Civil Veterinary Dept. North-West Frontier Province 1923-32 - 1923-1932
Year: 1923
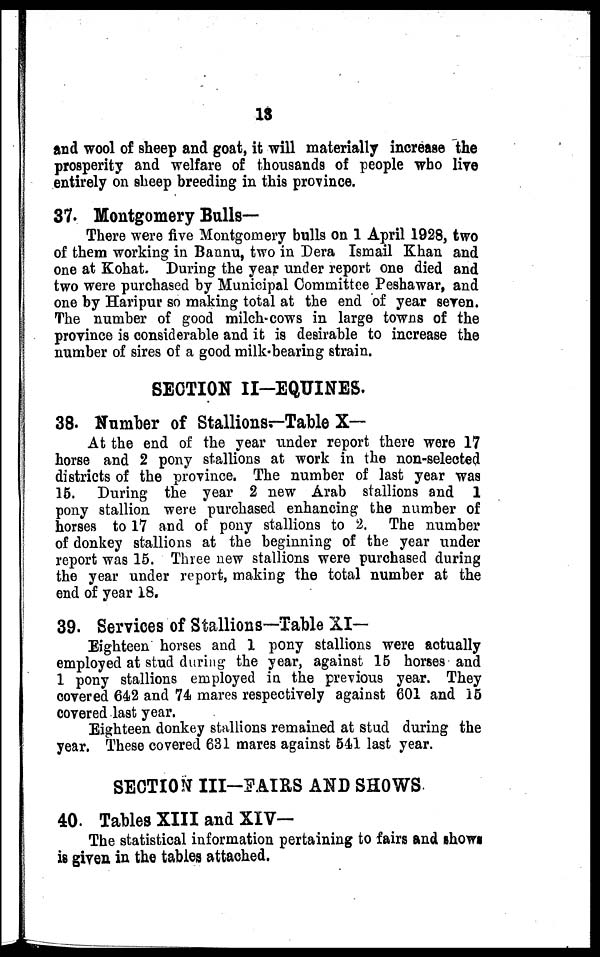
13
and wool of sheep and goat, it will materially increase the
prosperity and welfare of thousands of people who live
entirely on sheep breeding in this province.
37. Montgomery Bulls-
There were five Montgomery bulls on 1 April 1928, two
of them working in Bannu, two in Dera Ismail Khan and
one at Kohat. During the year under report one died and
two were purchased by Municipal Committee Peshawar, and
one by Haripur so making total at the end of year seven.
The number of good milch-cows in large towns of the
province is considerable and it is desirable to increase the
number of sires of a good milk-bearing strain.
SECTION II-EQUINES.
38. Number of Stallions.—Table X—
At the end of the year under report there were 17
horse and 2 pony stallions at work in the non-selected
districts of the province. The number of last year was
15. During the year 2 new Arab stallions and 1
pony stallion were purchased enhancing the number of
horses to 17 and of pony stallions to 2. The number
of donkey stallions at the beginning of the year under
report was 15. Three new stallions were purchased during
the year under report, making the total number at the
end of year 18.
39. Services of Stallions—Table XI—
Eighteen horses and 1 pony stallions were actually
employed at stud during the year, against 15 horses and
1 pony stallions employed in the previous year. They
covered 642 and 74 mares respectively against 601 and 15
covered last year.
Eighteen donkey stallions remained at stud during the
year. These covered 631 mares against 541 last year.
SECTION III-FAIRS AND SHOWS
40. Tables XIII and XIV—
The statistical information pertaining to fairs and shows
is given in the tables attached.